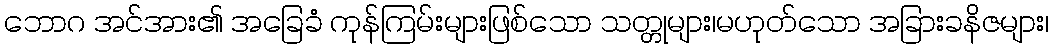
ဘောဂ အင်အား၏ အခြေခံ ကုန်ကြမ်းများဖြစ်သော သတ္တုများ၊မဟုတ်သော အခြားခနိဇများ၊